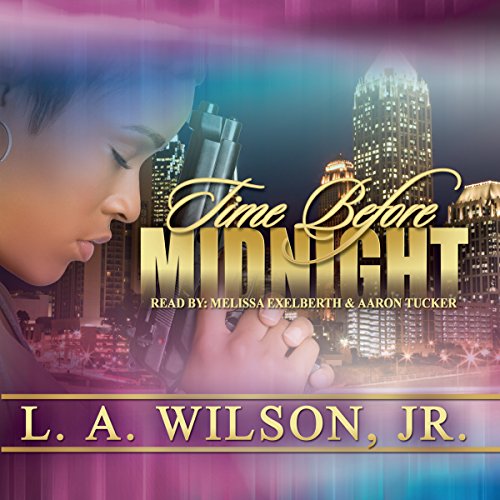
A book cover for Time Before Midnight; L. A. Wilson; Mystery, Thriller & Suspense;